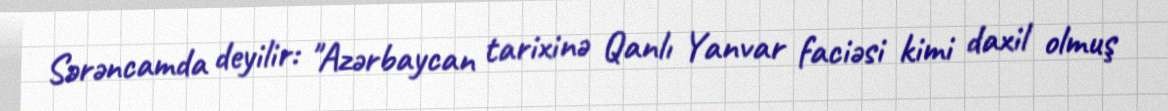
Sərəncamda deyilir: "Azərbaycan tarixinə Qanlı Yanvar faciəsi kimi daxil olmuş